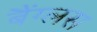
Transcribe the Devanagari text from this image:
बैंग्लस